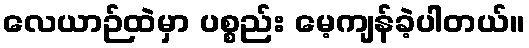
လေယာဉ်ထဲမှာ ပစ္စည်း မေ့ကျန်ခဲ့ပါတယ်။